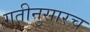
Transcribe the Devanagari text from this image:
गतीनुसारच